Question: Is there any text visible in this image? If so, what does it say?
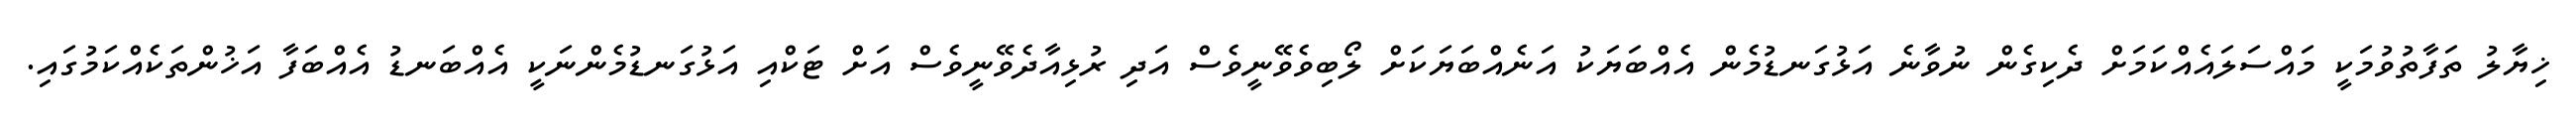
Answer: ޚިޔާލު ތަފާތުވުމަކީ މައްސަލައެއްކަމަށް ދެކިގެން ނުވާނެ އަޅުގަނޑުމެން އެއްބަޔަކު އަނެއްބަޔަކަށް ލޯބިވެވޭނީވެސް އަދި ރުޅިއާދެވޭނީވެސް އަށް ޓަކްއި އަޅުގަނޑުމެންނަކީ އެއްބަނޑު އެއްބަފާ އަޚުންތަކެއްކަމުގައި.